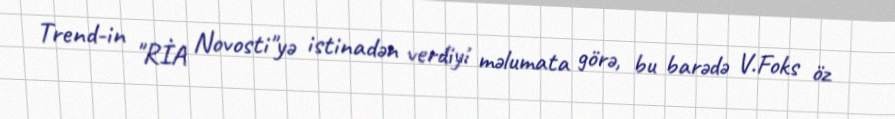
Trend-in "RİA Novosti"yə istinadən verdiyi məlumata görə, bu barədə V.Foks öz